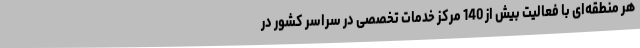
هر منطقه‌ای با فعالیت بیش از 140 مرکز خدمات تخصصی در سراسر کشور در